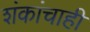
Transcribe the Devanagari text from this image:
शंकांचाही